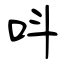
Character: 呌